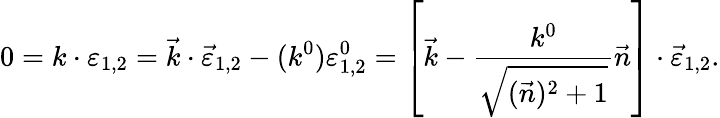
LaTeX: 0=k\cdot\varepsilon_{1,2}=\vec{k}\cdot\vec{\varepsilon}_{1,2}-(k^{0})\varepsilon_{1,2}^{0}=\left[\vec{k}-\frac{k^{0}}{\sqrt{(\vec{n})^{2}+1}}\vec{n}\right]\cdot\vec{\varepsilon}_{1,2}.